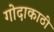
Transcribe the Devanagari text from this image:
गोदाकाठी